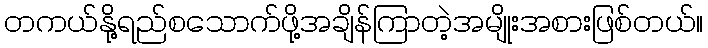
တကယ်နို့ရည်စသောက်ဖို့အချိန်ကြာတဲ့အမျိုးအစားဖြစ်တယ်။